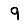
Digit: 9